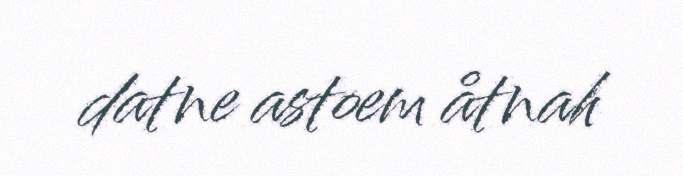
datne astoem åtnah